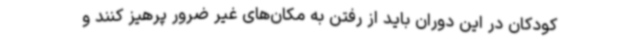
کودکان در این دوران باید از رفتن به مکان‌های غیر ضرور پرهیز کنند و